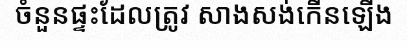
ចំនួនផ្ទះដែលត្រូវ សាងសង់កើនឡើង